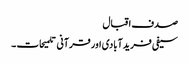
صدف اقبال
سیفی فریدآبادی اور قرآنی تلمیحات ۔